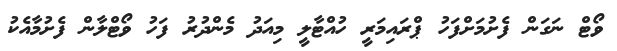
ވޯޓް ނަގަން ފެށުމަށްފަހު ޕްރައިމަރީ ހުއްޓާލީ މިއަދު މެންދުރު ފަހު ވޯޓްލާން ފެށުމާއެކު